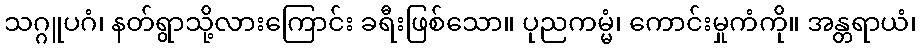
သဂ္ဂူပဂံ၊ နတ်ရွာသို့လားကြောင်း ခရီးဖြစ်သော။ ပုညကမ္မံ၊ ကောင်းမှုကံကို။ အန္တရာယံ၊